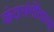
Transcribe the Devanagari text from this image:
कंठसंगीताच्या